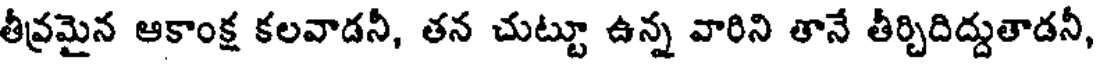
తీవ్రమైన ఆకాంక్ష కలవాడనీ, తన చుట్టూ ఉన్న వారిని తానే తీర్చిదిద్దుతాడనీ,